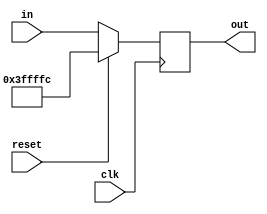
`define RESET_VAL 32'h003ffffc
module program_counter
	(
	input 				 		 clk,
	input 				 		 reset,
	input [31:0] 		 in,
	output reg [31:0] out
	);
		
	always @(posedge clk)
		begin
			if(reset)
				begin
					out <= `RESET_VAL;
				end
			else
				begin
					out <= in;
				end
		end
endmodule